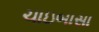
ચાઇબાસા